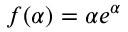
f ( \alpha ) = \alpha e ^ { \alpha }